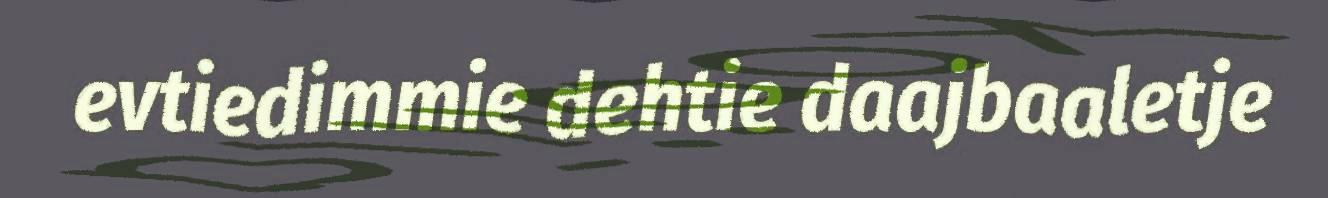
evtiedimmie dehtie daajbaaletje